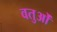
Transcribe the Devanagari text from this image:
वतुओं